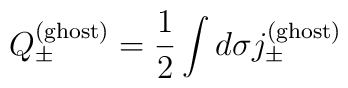
Q_{\pm }^{(\mathrm{ghost)}}=\frac 12\int d\sigma j_{\pm }^{(\mathrm{ghost)}}